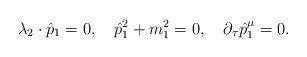
\begin{align*}\lambda _2\cdot \hat{p}_1=0,\quad \hat{p}_1^2+m_1^2=0,\quad \partial _\tau \hat{p}_1^\mu =0.\end{align*}